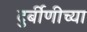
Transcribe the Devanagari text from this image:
दुर्बीणीच्या